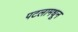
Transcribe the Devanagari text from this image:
पटलामधून